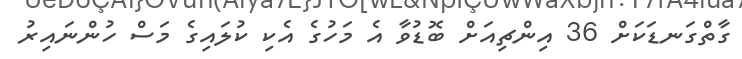
ގާތްގަނޑަކަށް 36 އިންޗިއަށް ބޮޑުވާ އެ މަހުގެ އެކި ކުލައިގެ މަސް ހުންނައިރު